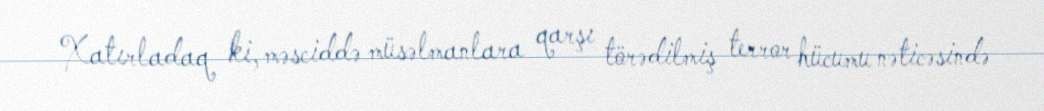
Xatırladaq ki, məsciddə müsəlmanlara qarşı törədilmiş terror hücumu nəticəsində